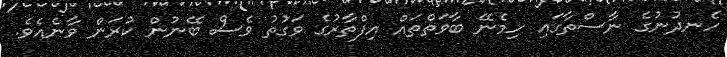
ހެނދުނުގެ ނާސްތާގައި ހިމެނޭ ބާވަތްތައް އިފްތާރުގެ ވަގުތު ވެސް ބޭނުން ކުރަން ވާނެއެވެ.